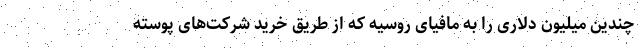
چندین میلیون دلاری را به مافیای روسیه که از طریق خرید شرکت‌های پوسته